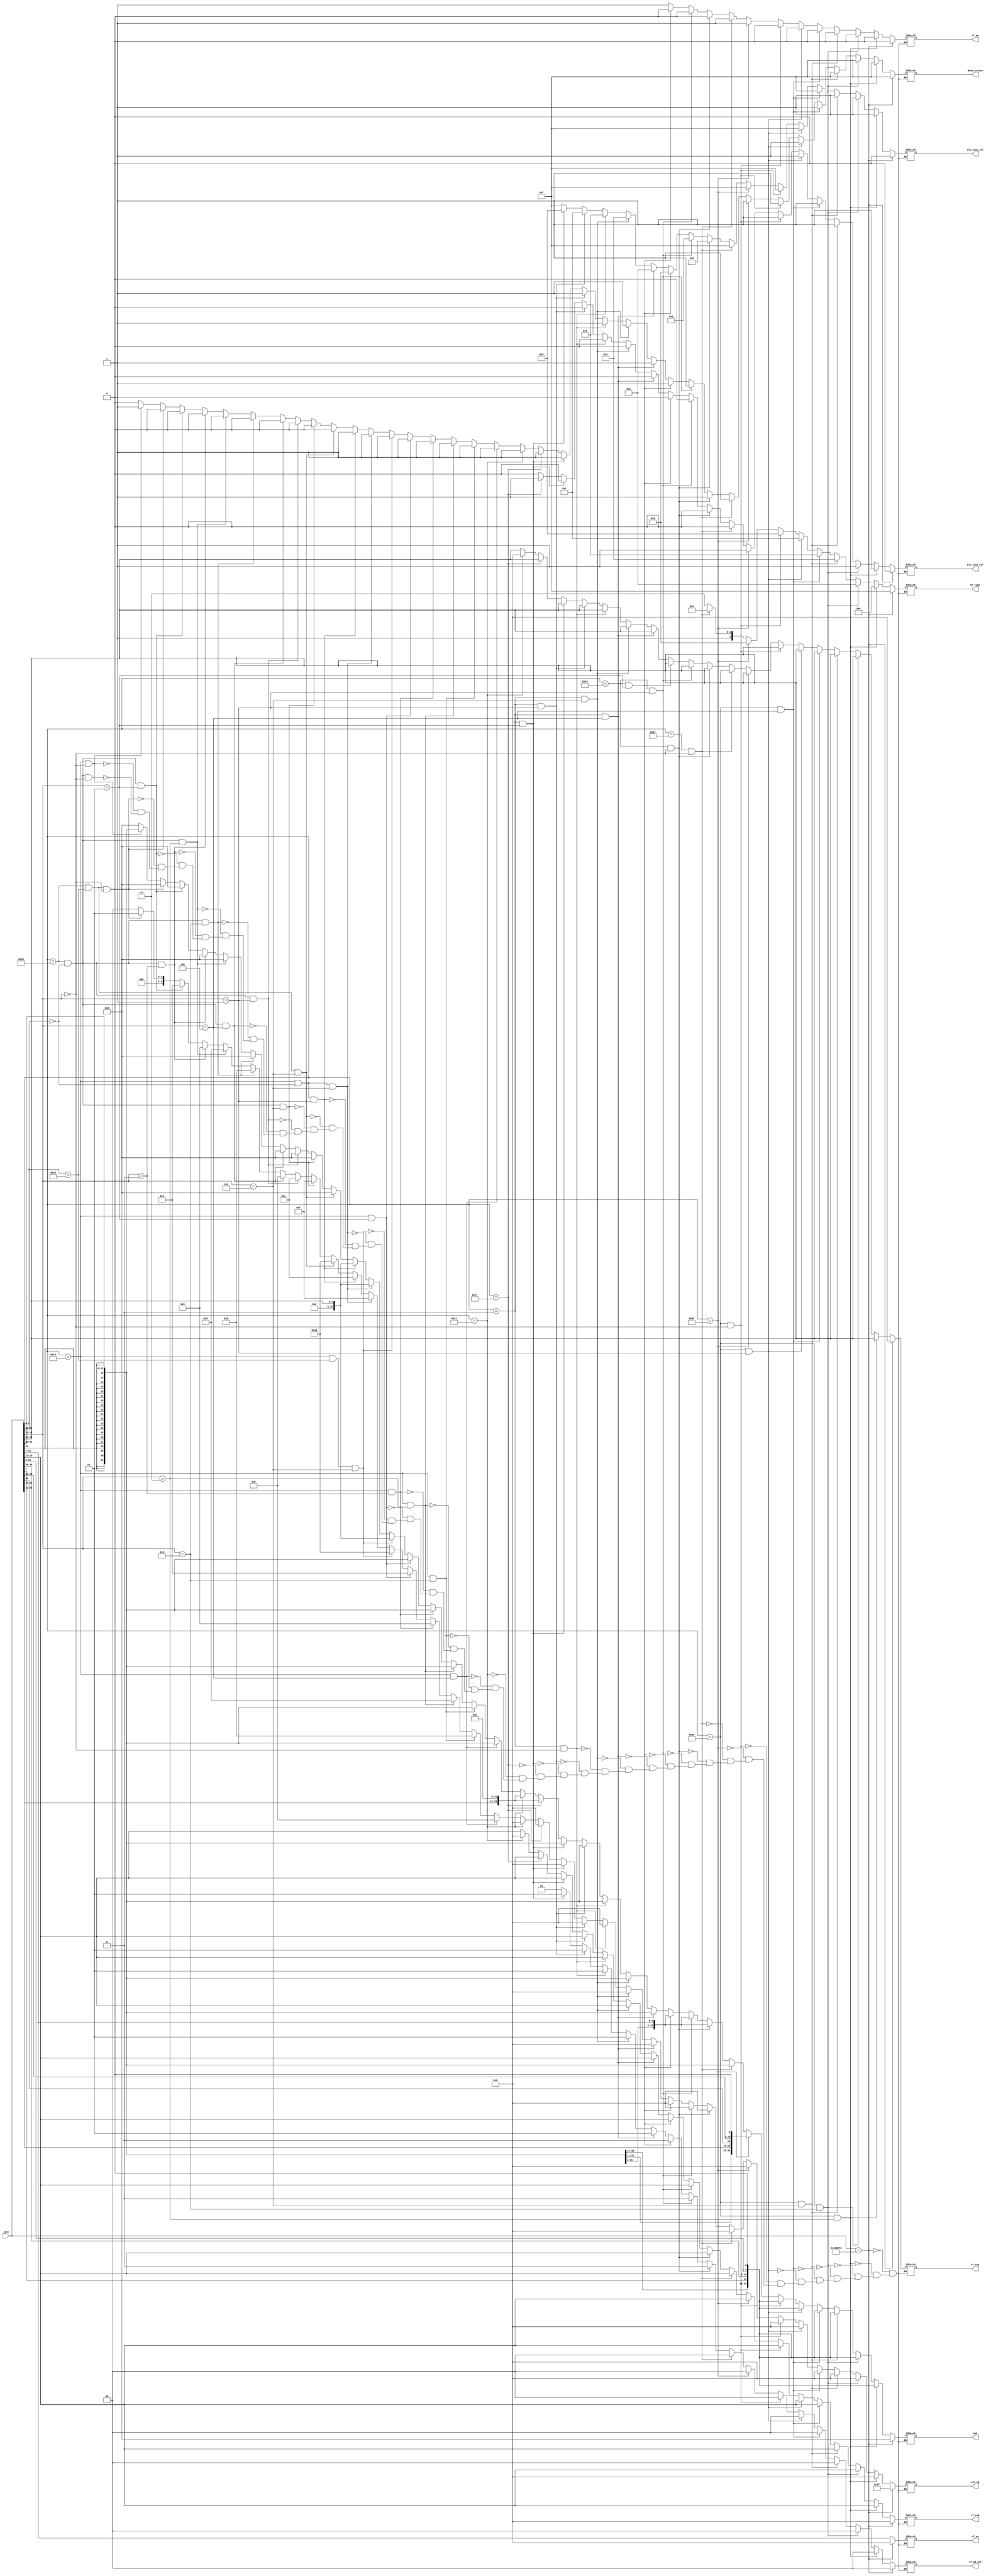
module DECODER (
    input                   [31 : 0]            inst,

    output      reg         [ 4 : 0]            alu_op,

    output                  [ 3 : 0]            dmem_access,

    output      reg         [31 : 0]            imm,

    output                  [ 4 : 0]            rf_ra0,
    output                  [ 4 : 0]            rf_ra1,
    output                  [ 4 : 0]            rf_wa,
    output                  [ 0 : 0]            rf_we,
    output      reg         [ 1 : 0]            rf_wd_sel,

    output                  [ 0 : 0]            alu_src0_sel,
    output                  [ 0 : 0]            alu_src1_sel,

    output                  [ 3 : 0]            br_type
);

reg [3:0] dmem_access_reg,br_type_reg;
reg [4:0] rf_ra0_reg,rf_ra1_reg,rf_wa_reg;
reg [0:0] rf_we_reg,alu_src0_sel_reg,alu_src1_sel_reg;

always @(*)begin
    //add
    if(inst[6:0] == 7'b0110011 && inst[31:25] == 7'b0000000 && inst[14:12] == 3'b000)begin
        alu_op = 5'b00000;
        dmem_access_reg = 4'b1111;
        imm = 0;
        rf_ra1_reg = inst[24:20];
        rf_ra0_reg = inst[19:15];
        rf_wa_reg = inst[11:7];
        rf_we_reg = 1;
        rf_wd_sel = 2'b01;
        alu_src0_sel_reg = 0;
        alu_src1_sel_reg = 0;
        br_type_reg = 4'b1111;
    end
    //addi
    if(inst[6:0] == 7'b0010011 && inst[14:12] == 3'b000)begin
        alu_op = 5'b00000;
        dmem_access_reg = 4'b1111;
        imm = {{20{inst[31]}},inst[31:20]};
        rf_ra1_reg = inst[24:20];
        rf_ra0_reg = inst[19:15];
        rf_wa_reg = inst[11:7];
        rf_we_reg = 1;
        rf_wd_sel = 2'b01;
        alu_src0_sel_reg = 0;
        alu_src1_sel_reg = 1;
        br_type_reg = 4'b1111;
    end
    //sub
    if(inst[6:0] == 7'b0110011 && inst[31:25] == 7'b0100000 && inst[14:12] == 3'b000)begin
        alu_op = 5'b00010;
        dmem_access_reg = 4'b1111;
        imm = 0;
        rf_ra1_reg = inst[24:20];
        rf_ra0_reg = inst[19:15];
        rf_wa_reg = inst[11:7];
        rf_we_reg = 1;
        rf_wd_sel = 2'b01;
        alu_src0_sel_reg = 0;
        alu_src1_sel_reg = 0;
        br_type_reg = 4'b1111;
    end
    //slt
    if(inst[6:0] == 7'b0110011 && inst[31:25] == 7'b0000000 && inst[14:12] == 3'b010)begin
        alu_op = 5'b00100;
        dmem_access_reg = 4'b1111;
        imm = 0;
        rf_ra1_reg = inst[24:20];
        rf_ra0_reg = inst[19:15];
        rf_wa_reg = inst[11:7];
        rf_we_reg = 1;
        rf_wd_sel = 2'b01;
        alu_src0_sel_reg = 0;
        alu_src1_sel_reg = 0;
        br_type_reg = 4'b1111;
    end
    //sltu
    if(inst[6:0] == 7'b0110011 && inst[31:25] == 7'b0000000 && inst[14:12] == 3'b011)begin
        alu_op = 5'b00101;
        dmem_access_reg = 4'b1111;
        imm = 0;
        rf_ra1_reg = inst[24:20];
        rf_ra0_reg = inst[19:15];
        rf_wa_reg = inst[11:7];
        rf_we_reg = 1;
        rf_wd_sel = 2'b01;
        alu_src0_sel_reg = 0;
        alu_src1_sel_reg = 0;
        br_type_reg = 4'b1111;
    end
    //and
    if(inst[6:0] == 7'b0110011 && inst[31:25] == 7'b0000000 && inst[14:12] == 3'b111)begin
        alu_op = 5'b01001;
        dmem_access_reg = 4'b1111;
        imm = 0;
        rf_ra1_reg = inst[24:20];
        rf_ra0_reg = inst[19:15];
        rf_wa_reg = inst[11:7];
        rf_we_reg = 1;
        rf_wd_sel = 2'b01;
        alu_src0_sel_reg = 0;
        alu_src1_sel_reg = 0;
        br_type_reg = 4'b1111;
    end
    //or
    if(inst[6:0] == 7'b0110011 && inst[31:25] == 7'b0000000 && inst[14:12] == 3'b110)begin
        alu_op = 5'b01010;
        dmem_access_reg = 4'b1111;
        imm = 0;
        rf_ra1_reg = inst[24:20];
        rf_ra0_reg = inst[19:15];
        rf_wa_reg = inst[11:7];
        rf_we_reg = 1;
        rf_wd_sel = 2'b01;
        alu_src0_sel_reg = 0;
        alu_src1_sel_reg = 0;
        br_type_reg = 4'b1111;
    end
    //xor
    if(inst[6:0] == 7'b0110011 && inst[31:25] == 7'b0000000 && inst[14:12] == 3'b100)begin
        alu_op = 5'b01011;
        dmem_access_reg = 4'b1111;
        imm = 0;
        rf_ra1_reg = inst[24:20];
        rf_ra0_reg = inst[19:15];
        rf_wa_reg = inst[11:7];
        rf_we_reg = 1;
        rf_wd_sel = 2'b01;
        alu_src0_sel_reg = 0;
        alu_src1_sel_reg = 0;
        br_type_reg = 4'b1111;
    end  
    //sll
    if(inst[6:0] == 7'b0110011 && inst[31:25] == 7'b0000000 && inst[14:12] == 3'b001)begin
        alu_op = 5'b01110;
        dmem_access_reg = 4'b1111;
        imm = 0;
        rf_ra1_reg = inst[24:20];
        rf_ra0_reg = inst[19:15];
        rf_wa_reg = inst[11:7];
        rf_we_reg = 1;
        rf_wd_sel = 2'b01;
        alu_src0_sel_reg = 0;
        alu_src1_sel_reg = 0;
        br_type_reg = 4'b1111;
    end 
    //srl
    if(inst[6:0] == 7'b0110011 && inst[31:25] == 7'b0000000 && inst[14:12] == 3'b101)begin
        alu_op = 5'b01111;
        dmem_access_reg = 4'b1111;
        imm = 0;
        rf_ra1_reg = inst[24:20];
        rf_ra0_reg = inst[19:15];
        rf_wa_reg = inst[11:7];
        rf_we_reg = 1;
        rf_wd_sel = 2'b01;
        alu_src0_sel_reg = 0;
        alu_src1_sel_reg = 0;
        br_type_reg = 4'b1111;
    end 
    //sra
    if(inst[6:0] == 7'b0110011 && inst[31:25] == 7'b0100000 && inst[14:12] == 3'b101)begin
        alu_op = 5'b10000;
        dmem_access_reg = 4'b1111;
        imm = 0;
        rf_ra1_reg = inst[24:20];
        rf_ra0_reg = inst[19:15];
        rf_wa_reg = inst[11:7];
        rf_we_reg = 1;
        rf_wd_sel = 2'b01;
        alu_src0_sel_reg = 0;
        alu_src1_sel_reg = 0;
        br_type_reg = 4'b1111;
    end
    //slli
    if(inst[6:0] == 7'b0010011 && inst[31:25] == 7'b0000000 && inst[14:12] == 3'b001)begin
        alu_op = 5'b01110;
        dmem_access_reg = 4'b1111;
        imm = {{27{1'b0}},inst[24:20]};
        rf_ra1_reg = inst[24:20];
        rf_ra0_reg = inst[19:15];
        rf_wa_reg = inst[11:7];
        rf_we_reg = 1;
        rf_wd_sel = 2'b01;
        alu_src0_sel_reg = 0;
        alu_src1_sel_reg = 1;
        br_type_reg = 4'b1111;
    end
    //srli
    if(inst[6:0] == 7'b0010011 && inst[31:25] == 7'b0000000 && inst[14:12] == 3'b101)begin
        alu_op = 5'b01111;
        dmem_access_reg = 4'b1111;
        imm = {{27{1'b0}},inst[24:20]};
        rf_ra1_reg = inst[24:20];
        rf_ra0_reg = inst[19:15];
        rf_wa_reg = inst[11:7];
        rf_we_reg = 1;
        rf_wd_sel = 2'b01;
        alu_src0_sel_reg = 0;
        alu_src1_sel_reg = 1;
        br_type_reg = 4'b1111;
    end
    //srai
    if(inst[6:0] == 7'b0010011 && inst[31:25] == 7'b0100000 && inst[14:12] == 3'b101)begin
        alu_op = 5'b10000;
        dmem_access_reg = 4'b1111;
        imm = {{27{1'b0}},inst[24:20]};
        rf_ra1_reg = inst[24:20];
        rf_ra0_reg = inst[19:15];
        rf_wa_reg = inst[11:7];
        rf_we_reg = 1;
        rf_wd_sel = 2'b01;
        alu_src0_sel_reg = 0;
        alu_src1_sel_reg = 1;
        br_type_reg = 4'b1111;
    end
    //slti
    if(inst[6:0] == 7'b0010011 && inst[14:12] == 3'b010)begin
        alu_op = 5'b00100;
        dmem_access_reg = 4'b1111;
        imm = {{20{inst[31]}},inst[31:20]};
        rf_ra1_reg = inst[24:20];
        rf_ra0_reg = inst[19:15];
        rf_wa_reg = inst[11:7];
        rf_we_reg = 1;
        rf_wd_sel = 2'b01;
        alu_src0_sel_reg = 0;
        alu_src1_sel_reg = 1;
        br_type_reg = 4'b1111;
    end
    //sltiu
    if(inst[6:0] == 7'b0010011 && inst[14:12] == 3'b011)begin
        alu_op = 5'b00101;
        dmem_access_reg = 4'b1111;
        imm = {{20{inst[31]}},inst[31:20]};
        rf_ra1_reg = inst[24:20];
        rf_ra0_reg = inst[19:15];
        rf_wa_reg = inst[11:7];
        rf_we_reg = 1;
        rf_wd_sel = 2'b01;
        alu_src0_sel_reg = 0;
        alu_src1_sel_reg = 1;
        br_type_reg = 4'b1111;
    end
    //andi
    if(inst[6:0] == 7'b0010011 && inst[14:12] == 3'b111)begin
        alu_op = 5'b01001;
        dmem_access_reg = 4'b1111;
        imm = {{20{inst[31]}},inst[31:20]};
        rf_ra1_reg = inst[24:20];
        rf_ra0_reg = inst[19:15];
        rf_wa_reg = inst[11:7];
        rf_we_reg = 1;
        rf_wd_sel = 2'b01;
        alu_src0_sel_reg = 0;
        alu_src1_sel_reg = 1;
        br_type_reg = 4'b1111;
    end  
    //ori
    if(inst[6:0] == 7'b0010011 && inst[14:12] == 3'b110)begin
        alu_op = 5'b01010;
        dmem_access_reg = 4'b1111;
        imm = {{20{inst[31]}},inst[31:20]};
        rf_ra1_reg = inst[24:20];
        rf_ra0_reg = inst[19:15];
        rf_wa_reg = inst[11:7];
        rf_we_reg = 1;
        rf_wd_sel = 2'b01;
        alu_src0_sel_reg = 0;
        alu_src1_sel_reg = 1;
        br_type_reg = 4'b1111;
    end 
    //xori
    if(inst[6:0] == 7'b0010011 && inst[14:12] == 3'b100)begin
        alu_op = 5'b01011;
        dmem_access_reg = 4'b1111;
        imm = {{20{inst[31]}},inst[31:20]};
        rf_ra1_reg = inst[24:20];
        rf_ra0_reg = inst[19:15];
        rf_wa_reg = inst[11:7];
        rf_we_reg = 1;
        rf_wd_sel = 2'b01;
        alu_src0_sel_reg = 0;
        alu_src1_sel_reg = 1;
        br_type_reg = 4'b1111;
    end
    //lui
    if(inst[6:0] == 7'b0110111)begin
        alu_op = 5'b00000;
        dmem_access_reg = 4'b1111;
        imm = {{inst[31:12]},{12{1'b0}}};
        rf_ra0_reg = 0;
        rf_ra1_reg = 0;
        rf_wa_reg = inst[11:7];
        rf_we_reg = 1;
        rf_wd_sel = 2'b01;
        alu_src0_sel_reg = 0;
        alu_src1_sel_reg = 1;
        br_type_reg = 4'b1111;
    end
    //auipc
    if(inst[6:0] == 7'b0010111)begin
        alu_op = 5'b00000;
        dmem_access_reg = 4'b1111;
        imm = {{inst[31:12]},{12{1'b0}}};
        rf_ra1_reg = inst[24:20];
        rf_ra0_reg = inst[19:15];
        rf_wa_reg = inst[11:7];
        rf_we_reg = 1;
        rf_wd_sel = 2'b01;
        alu_src0_sel_reg = 1;
        alu_src1_sel_reg = 1;
        br_type_reg = 4'b1111;
    end
   //lw
   if(inst[6:0] == 7'b0000011 && inst[14:12] == 3'b010)begin
       alu_op = 5'b00000;
       dmem_access_reg = 4'b0000;
       imm = {{20{inst[31]}},inst[31:20]};
       rf_ra1_reg = inst[24:20];
       rf_ra0_reg = inst[19:15];
       rf_wa_reg = inst[11:7];
       rf_we_reg = 1;
       rf_wd_sel = 2'b10;
       alu_src0_sel_reg = 0;
       alu_src1_sel_reg = 1;
       br_type_reg = 4'b1111;
   end
    //lh
   if(inst[6:0] == 7'b0000011 && inst[14:12] == 3'b001)begin
        alu_op = 5'b00000;
        dmem_access_reg = 4'b0001;
        imm = {{20{inst[31]}},inst[31:20]};
        rf_ra1_reg = inst[24:20];
        rf_ra0_reg = inst[19:15];
        rf_wa_reg = inst[11:7];
        rf_we_reg = 1;
        rf_wd_sel = 2'b10;
        alu_src0_sel_reg = 0;
        alu_src1_sel_reg = 1;
        br_type_reg = 4'b1111;
   end
   //lb
   if(inst[6:0] == 7'b0000011 && inst[14:12] == 3'b000)begin
       alu_op = 5'b00000;
       dmem_access_reg = 4'b0010;
       imm = {{20{inst[31]}},inst[31:20]};
       rf_ra1_reg = inst[24:20];
       rf_ra0_reg = inst[19:15];
       rf_wa_reg = inst[11:7];
       rf_we_reg = 1;
       rf_wd_sel = 2'b10;
       alu_src0_sel_reg = 0;
       alu_src1_sel_reg = 1;
       br_type_reg = 4'b1111;
   end
   //lhu
      if(inst[6:0] == 7'b0000011 && inst[14:12] == 3'b101)begin
       alu_op = 5'b00000;
       dmem_access_reg = 4'b0100;
       imm = {{20{inst[31]}},inst[31:20]};
       rf_ra1_reg = inst[24:20];
       rf_ra0_reg = inst[19:15];
       rf_wa_reg = inst[11:7];
       rf_we_reg = 1;
       rf_wd_sel = 2'b10;
       alu_src0_sel_reg = 0;
       alu_src1_sel_reg = 1;
       br_type_reg = 4'b1111;
   end
   //lbu
      if(inst[6:0] == 7'b0000011 && inst[14:12] == 3'b100)begin
       alu_op = 5'b00000;
       dmem_access_reg = 4'b0011;
       imm = {{20{inst[31]}},inst[31:20]};
       rf_ra1_reg = inst[24:20];
       rf_ra0_reg = inst[19:15];
       rf_wa_reg = inst[11:7];
       rf_we_reg = 1;
       rf_wd_sel = 2'b10;
       alu_src0_sel_reg = 0;
       alu_src1_sel_reg = 1;
       br_type_reg = 4'b1111;
   end
   //sw
   if(inst[6:0] == 7'b0100011 && inst[14:12] == 3'b010)begin
       alu_op = 5'b00000;
       dmem_access_reg = 4'b1000;
       imm = {{20{inst[31]}},inst[31:25],inst[11:7]};
       rf_ra1_reg = inst[24:20];
       rf_ra0_reg = inst[19:15];
       rf_wa_reg = inst[11:7];
       rf_we_reg = 0;
       rf_wd_sel = 2'b11;
       alu_src0_sel_reg = 0;
       alu_src1_sel_reg = 1;
       br_type_reg = 4'b1111;
   end
    //sh
   if(inst[6:0] == 7'b0100011 && inst[14:12] == 3'b001)begin
       alu_op = 5'b00000;
       dmem_access_reg = 4'b1001;
       imm = {{20{inst[31]}},inst[31:25],inst[11:7]};
       rf_ra1_reg = inst[24:20];
       rf_ra0_reg = inst[19:15];
       rf_wa_reg = inst[11:7];
       rf_we_reg = 0;
       rf_wd_sel = 2'b11;
       alu_src0_sel_reg = 0;
       alu_src1_sel_reg = 1;
       br_type_reg = 4'b1111;
   end
    //sb
   if(inst[6:0] == 7'b0100011 && inst[14:12] == 3'b000)begin
       alu_op = 5'b00000;
       dmem_access_reg = 4'b1011;
       imm = {{20{inst[31]}},inst[31:25],inst[11:7]};
       rf_ra1_reg = inst[24:20];
       rf_ra0_reg = inst[19:15];
       rf_wa_reg = inst[11:7];
       rf_we_reg = 0;
       rf_wd_sel = 2'b11;
       alu_src0_sel_reg = 0;
       alu_src1_sel_reg = 1;
       br_type_reg = 4'b1111;
   end
   //jalr
   if(inst[6:0] == 7'b1100111 && inst[14:12] == 3'b000)begin
       alu_op = 5'b00000;
       dmem_access_reg = 4'b1111;
       imm = {{20{inst[31]}},inst[31:20]};
       rf_ra1_reg = inst[24:20];
       rf_ra0_reg = inst[19:15];
       rf_wa_reg = inst[11:7];
       rf_we_reg = 1;
       rf_wd_sel = 2'b00;
       alu_src0_sel_reg = 0;
       alu_src1_sel_reg = 1;
       br_type_reg = 4'b1001;
   end
   //j&jal
   if(inst[6:0] == 7'b1101111)begin
       alu_op = 5'b00000;
       dmem_access_reg = 4'b1111;
       imm = {{12{inst[31]}},inst[31],inst[19:12],inst[20],inst[30:21],{1'b0}};
       rf_ra1_reg = inst[24:20];
       rf_ra0_reg = inst[19:15];
       rf_wa_reg = inst[11:7];
       rf_we_reg = 1;
       rf_wd_sel = 2'b00;
       alu_src0_sel_reg = 1;
       alu_src1_sel_reg = 1;
       br_type_reg = 4'b1000;
   end
   //beq
   if(inst[6:0] == 7'b1100011 && inst[14:12] == 3'b000)begin
       alu_op = 5'b00000;
       dmem_access_reg = 4'b1111;
       imm = {{19{inst[31]}},inst[31],inst[7],inst[30:25],inst[11:8],{1'b0}};
       rf_ra1_reg = inst[24:20];
       rf_ra0_reg = inst[19:15];
       rf_wa_reg = inst[11:7];
       rf_we_reg = 0;
       rf_wd_sel = 2'b00;
       alu_src0_sel_reg = 1;
       alu_src1_sel_reg = 1;
       br_type_reg = 4'b0000;
   end
    //bne
   if(inst[6:0] == 7'b1100011 && inst[14:12] == 3'b001)begin
       alu_op = 5'b00000;
       dmem_access_reg = 4'b1111;
       imm = {{19{inst[31]}},inst[31],inst[7],inst[30:25],inst[11:8],{1'b0}};
       rf_ra1_reg = inst[24:20];
       rf_ra0_reg = inst[19:15];
       rf_wa_reg = inst[11:7];
       rf_we_reg = 0;
       rf_wd_sel = 2'b00;
       alu_src0_sel_reg = 1;
       alu_src1_sel_reg = 1;
       br_type_reg = 4'b0001;
   end
   //blt
   if(inst[6:0] == 7'b1100011 && inst[14:12] == 3'b100)begin
       alu_op = 5'b00000;
       dmem_access_reg = 4'b1111;
       imm = {{19{inst[31]}},inst[31],inst[7],inst[30:25],inst[11:8],{1'b0}};
       rf_ra1_reg = inst[24:20];
       rf_ra0_reg = inst[19:15];
       rf_wa_reg = inst[11:7];
       rf_we_reg = 0;
       rf_wd_sel = 2'b00;
       alu_src0_sel_reg = 1;
       alu_src1_sel_reg = 1;
       br_type_reg = 4'b0010;
   end
   //bge
   if(inst[6:0] == 7'b1100011 && inst[14:12] == 3'b101)begin
       alu_op = 5'b00000;
       dmem_access_reg = 4'b1111;
       imm = {{19{inst[31]}},inst[31],inst[7],inst[30:25],inst[11:8],{1'b0}};
       rf_ra1_reg = inst[24:20];
       rf_ra0_reg = inst[19:15];
       rf_wa_reg = inst[11:7];
       rf_we_reg = 0;
       rf_wd_sel = 2'b00;
       alu_src0_sel_reg = 1;
       alu_src1_sel_reg = 1;
       br_type_reg = 4'b0100;
   end
   //bltu
   if(inst[6:0] == 7'b1100011 && inst[14:12] == 3'b110)begin
       alu_op = 5'b00000;
       dmem_access_reg = 4'b1111;
       imm = {{19{inst[31]}},inst[31],inst[7],inst[30:25],inst[11:8],{1'b0}};
       rf_ra1_reg = inst[24:20];
       rf_ra0_reg = inst[19:15];
       rf_wa_reg = inst[11:7];
       rf_we_reg = 0;
       rf_wd_sel = 2'b00;
       alu_src0_sel_reg = 1;
       alu_src1_sel_reg = 1;
       br_type_reg = 4'b0011;
   end
   //bgeu
   if(inst[6:0] == 7'b1100011 && inst[14:12] == 3'b111)begin
       alu_op = 5'b00000;
       dmem_access_reg = 4'b1111;
       imm = {{19{inst[31]}},inst[31],inst[7],inst[30:25],inst[11:8],{1'b0}};
       rf_ra1_reg = inst[24:20];
       rf_ra0_reg = inst[19:15];
       rf_wa_reg = inst[11:7];
       rf_we_reg = 0;
       rf_wd_sel = 2'b00;
       alu_src0_sel_reg = 1;
       alu_src1_sel_reg = 1;
       br_type_reg = 4'b0110;
   end
    //ebreak
    if(inst == 32'h00100073)begin
        alu_op = 5'b11111;
        dmem_access_reg = 4'b1111;
        imm = 0;
        rf_ra1_reg = 0;
        rf_ra0_reg = 0;
        rf_wa_reg = 0;
        rf_we_reg = 0;
        rf_wd_sel = 2'b00;
        alu_src0_sel_reg = 0;
        alu_src1_sel_reg = 0;
        br_type_reg = 4'b1111;
    end
end

assign dmem_access = dmem_access_reg;
assign rf_ra0 = rf_ra0_reg;
assign rf_ra1 = rf_ra1_reg;
assign rf_wa = rf_wa_reg;
assign rf_we = rf_we_reg;
assign alu_src0_sel = alu_src0_sel_reg;
assign alu_src1_sel = alu_src1_sel_reg;
assign br_type = br_type_reg;

endmodule